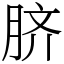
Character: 脐